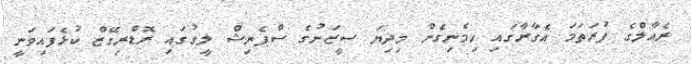
ރެއާލްގެ ފުރަތަމަ އެގާރާގައި ހިމެނިގެން މިދިޔަ ސީޒަނުގެ ސްޕެނިޝް ލީގުގައި ރޮޑްރިގޭޒް ކުޅެފައިވަނީ